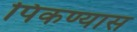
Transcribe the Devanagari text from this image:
पिकण्यास